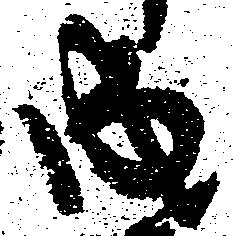
成